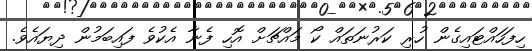
ހިފަހައްޓައިގެން ހުރި ކަރުނަތައް ކޯ މައްޗަށް އޮހި ފެނާ އެކުވެ ފައިބަމުން ދިޔައެވެ.